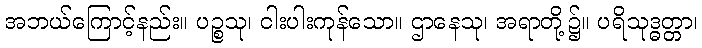
အဘယ်ကြောင့်နည်း။ ပဉ္စသု၊ ငါးပါးကုန်သော။ ဌာနေသု၊ အရာတို့၌။ ပရိသုဒ္ဓတ္တာ၊